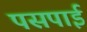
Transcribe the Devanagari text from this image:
पसपाई